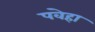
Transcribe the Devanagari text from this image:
पवेहा